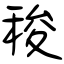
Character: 稄